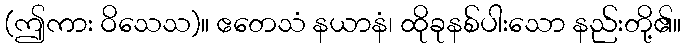
(ဤကား ဝိသေသ)။ ဧတေသံ နယာနံ၊ ထိုခုနစ်ပါးသော နည်းတို့၏။